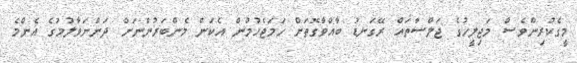
މީގެކުރިންވެސް މަޖިލީހުގެ ޖަލްސާތައް ރޭގަނޑު ބާއްވާގޮތަށް ހަމަޖެހުމުން އެކަން މެންބަރުންނަށް ދަންނަވާލުމުގެ އެންމެ